Civil Veterinary Department Bihar & Orissa reports 1922-29 - 1922-1929
Year: 1922
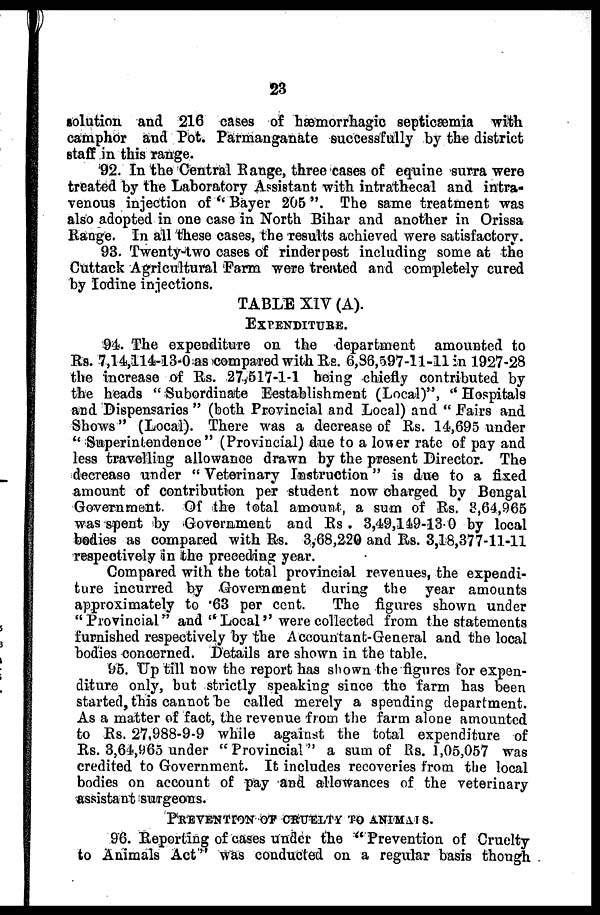
23
solution and 216 cases of hæmorrhagic septicaemia with
camphor and Pot. Parmanganate successfully by the district
staff in this range.
92. In the Central Range, three cases of equine surra were
treated by the Laboratory Assistant with intrathecal and intra-
venous injection of " Bayer 205 ". The same treatment was
also adopted in one case in North Bihar and another in Orissa
Range. In all these cases, the results achieved were satisfactory.
93. Twenty-two cases of rinderpest including some at the
Cuttack Agricultural Farm were treated and completely cured
by Iodine injections.
TABLE XIV (A).
EXPENDITURE.
94. The expenditure on the department amounted to
Rs. 7,14,114-13-0 as compared with Rs. 6,36,597-11-11 in 1927-28
the increase of Rs. 27,517-1-1 being chiefly contributed by
the heads " Subordinate Eestablishment (Local)", " Hospitals
and Dispensaries " (both Provincial and Local) and " Fairs and
Shows" (Local). There was a decrease of Rs. 14,695 under
" Superintendence" (Provincial) due to a lower rate of pay and
less travelling allowance drawn by the present Director. The
decrease under " Veterinary Instruction" is due to a fixed
amount of contribution per student now charged by Bengal
Government. Of the total amount, a sum of Rs. 3,64,965
was spent by Government and Rs . 3,49,149-130 by local
bodies as compared with Rs. 3,68,220 and Rs. 3,18,377-11-11
respectively in the preceding year.
Compared with the total provincial revenues, the expendi-
ture incurred by Government during the year amounts
approximately to "63 per cent.
The figures shown under
"Provincial" and "Local'' were collected from the statements
furnished respectively by the Accountant-General and the local
bodies concerned. Details are shown in the table.
95. Up till now the report has shown the figures for expen-
diture only, but strictly speaking since the farm has been
started, this cannot be called merely a spending department.
As a matter of fact, the revenue from the farm alone amounted
to Rs. 27,988-9-9 while against the total expenditure of
Rs. 3,64,965 under "Provincial" a sum of Rs. 1,05,057 was
credited to Government. It includes recoveries from the local
bodies on account of pay and allowances of the veterinary
assistant surgeons.
PREVENTION OF CRUELTY TO ANIMALS.
96. Reporting of cases under the " Prevention of Cruelty
to Animals Act" was conducted on a regular basis though